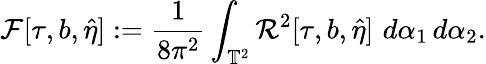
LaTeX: \mathcal{F}[\tau,b,\hat{\eta}]:=\frac{1}{8\pi^{2}}\int_{\mathbb{T}^{2}}\mathcal{R}^{2}[\tau,b,\hat{\eta}]\, \, d\alpha_{1}\, d\alpha_{2}.